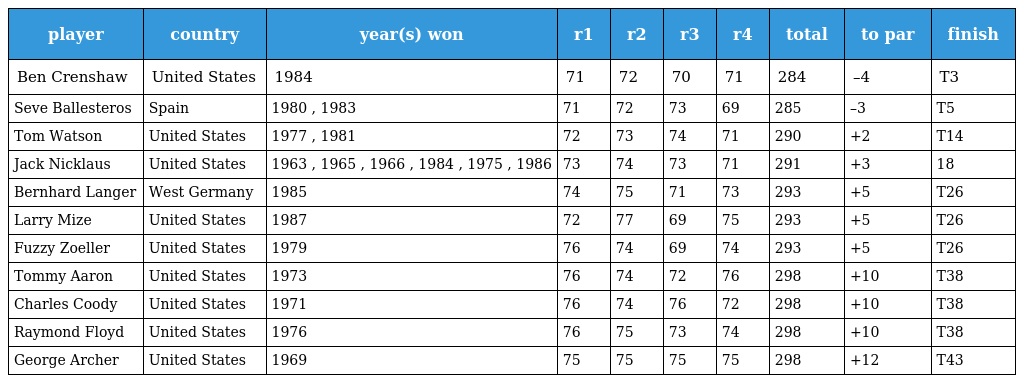
| player | country | year(s) won | r1 | r2 | r3 | r4 | total | to par | finish |
 | --- | --- | --- | --- | --- | --- | --- | --- | --- | --- |
 | Ben Crenshaw | United States | 1984 | 71 | 72 | 70 | 71 | 284 | –4 | T3 |
 | Seve Ballesteros | Spain | 1980 , 1983 | 71 | 72 | 73 | 69 | 285 | –3 | T5 |
 | Tom Watson | United States | 1977 , 1981 | 72 | 73 | 74 | 71 | 290 | +2 | T14 |
 | Jack Nicklaus | United States | 1963 , 1965 , 1966 , 1984 , 1975 , 1986 | 73 | 74 | 73 | 71 | 291 | +3 | 18 |
 | Bernhard Langer | West Germany | 1985 | 74 | 75 | 71 | 73 | 293 | +5 | T26 |
 | Larry Mize | United States | 1987 | 72 | 77 | 69 | 75 | 293 | +5 | T26 |
 | Fuzzy Zoeller | United States | 1979 | 76 | 74 | 69 | 74 | 293 | +5 | T26 |
 | Tommy Aaron | United States | 1973 | 76 | 74 | 72 | 76 | 298 | +10 | T38 |
 | Charles Coody | United States | 1971 | 76 | 74 | 76 | 72 | 298 | +10 | T38 |
 | Raymond Floyd | United States | 1976 | 76 | 75 | 73 | 74 | 298 | +10 | T38 |
 | George Archer | United States | 1969 | 75 | 75 | 75 | 75 | 298 | +12 | T43 |